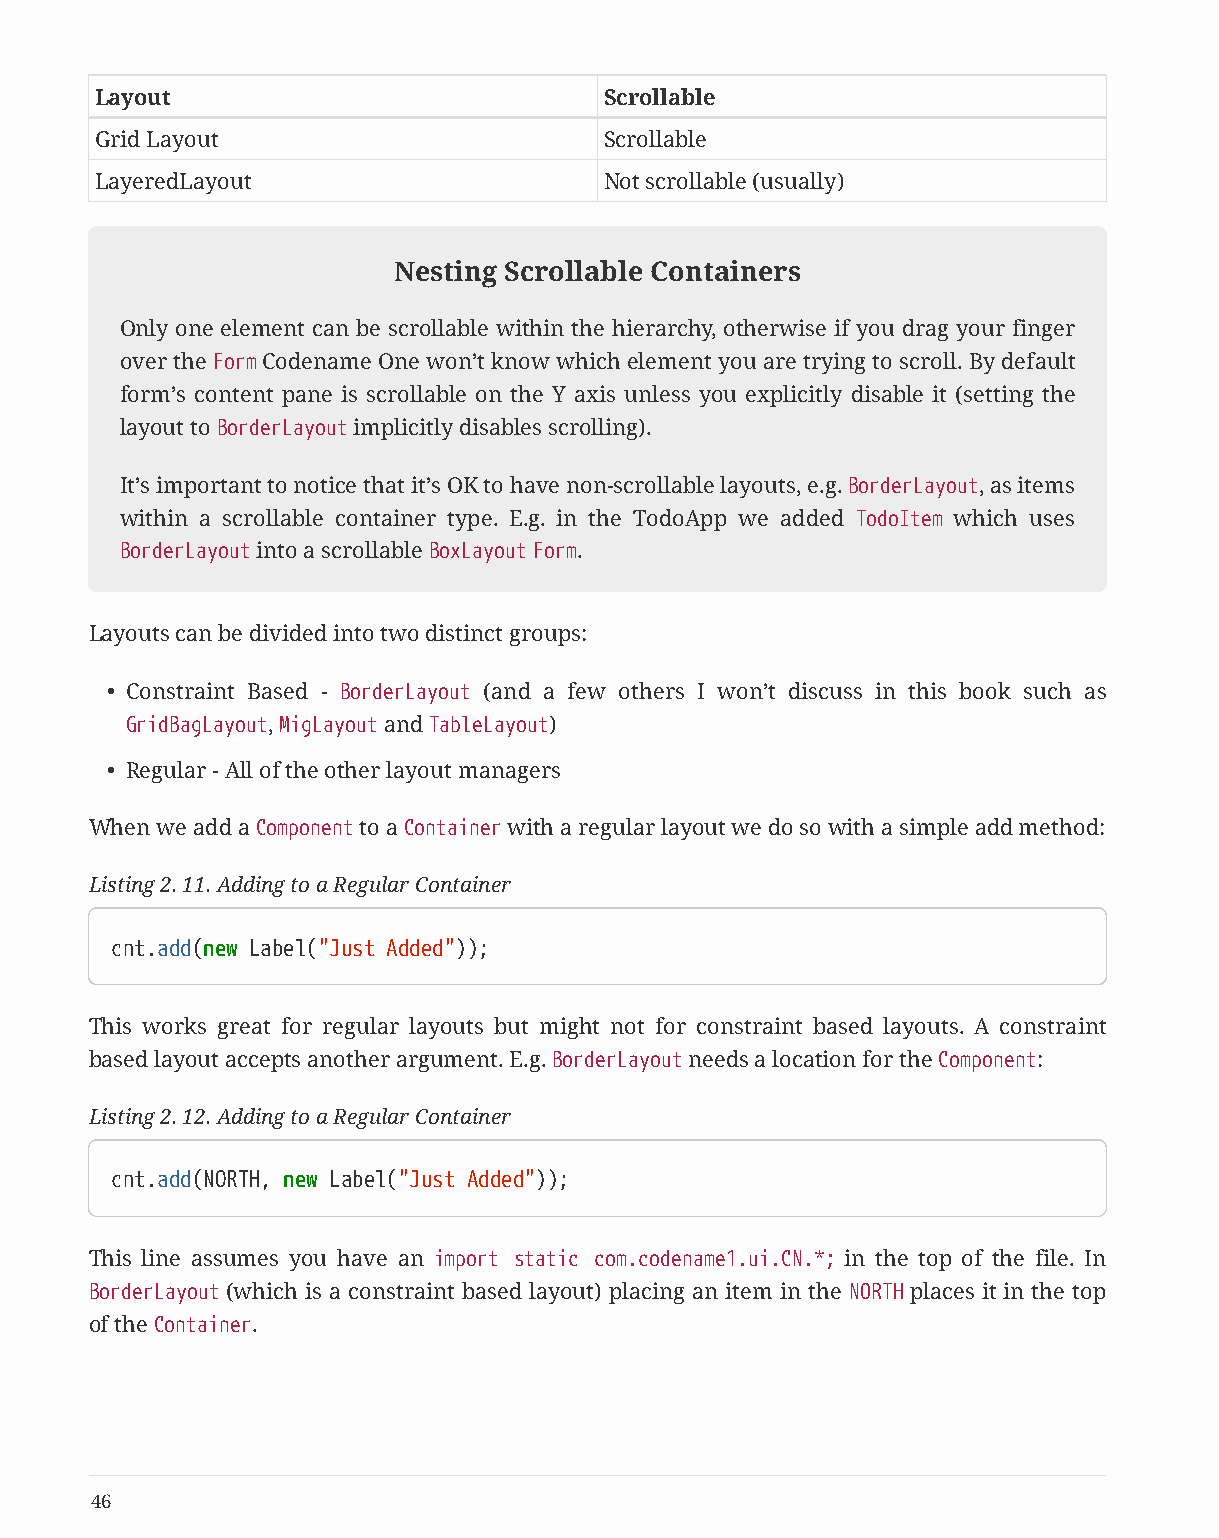
Layout                            Scrollable
 Grid Layout                       Scrollable
 LayeredLayout                     Not scrollable (usually)
 Nesting Scrollable Containers
 Only one element can be scrollable within the hierarchy, otherwise if you drag your finger
 over the Form Codename One won’t know which element you are trying to scroll. By default
 form’s content pane is scrollable on the Y axis unless you explicitly disable it (setting the
 layout to BorderLayout implicitly disables scrolling).
 It’s important to notice that it’s OK to have non-scrollable layouts, e.g. BorderLayout, as items
 within a scrollable container type. E.g. in the TodoApp we added TodoItem which uses
 BorderLayout into a scrollable BoxLayout Form.
 Layouts can be divided into two distinct groups:
 • Constraint Based - BorderLayout (and a few others I won’t discuss in this book such as
 GridBagLayout, MigLayout and TableLayout)
 • Regular - All of the other layout managers
 When we add a Component to a Container with a regular layout we do so with a simple add method:
 Listing 2. 11. Adding to a Regular Container
 cnt.add(new Label("Just Added"));
 This works great for regular layouts but might not for constraint based layouts. A constraint
 based layout accepts another argument. E.g. BorderLayout needs a location for the Component:
 Listing 2. 12. Adding to a Regular Container
 cnt.add(NORTH, new Label("Just Added"));
 This line assumes you have an import static com.codename1.ui.CN.*; in the top of the file. In
 BorderLayout (which is a constraint based layout) placing an item in the NORTH places it in the top
 of the Container.
 46